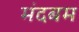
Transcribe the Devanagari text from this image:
मंदबम